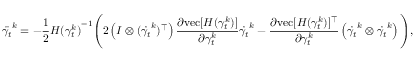
\ddot { \gamma _ { t } } ^ { k } = - \frac { 1 } { 2 } { H ( \gamma _ { t } ^ { k } ) } ^ { - 1 } \Bigg ( 2 \left( I \otimes ( \dot { \gamma _ { t } } ^ { k } ) ^ { \top } \right) \frac { \partial \mathrm { v e c } [ H ( \gamma _ { t } ^ { k } ) ] } { \partial \gamma _ { t } ^ { k } } \dot { \gamma _ { t } } ^ { k } - \frac { \partial \mathrm { v e c } [ H ( \gamma _ { t } ^ { k } ) ] ^ { \top } } { \partial \gamma _ { t } ^ { k } } \left( \dot { \gamma _ { t } } ^ { k } \otimes \dot { \gamma _ { t } } ^ { k } \right) \Bigg ) ,